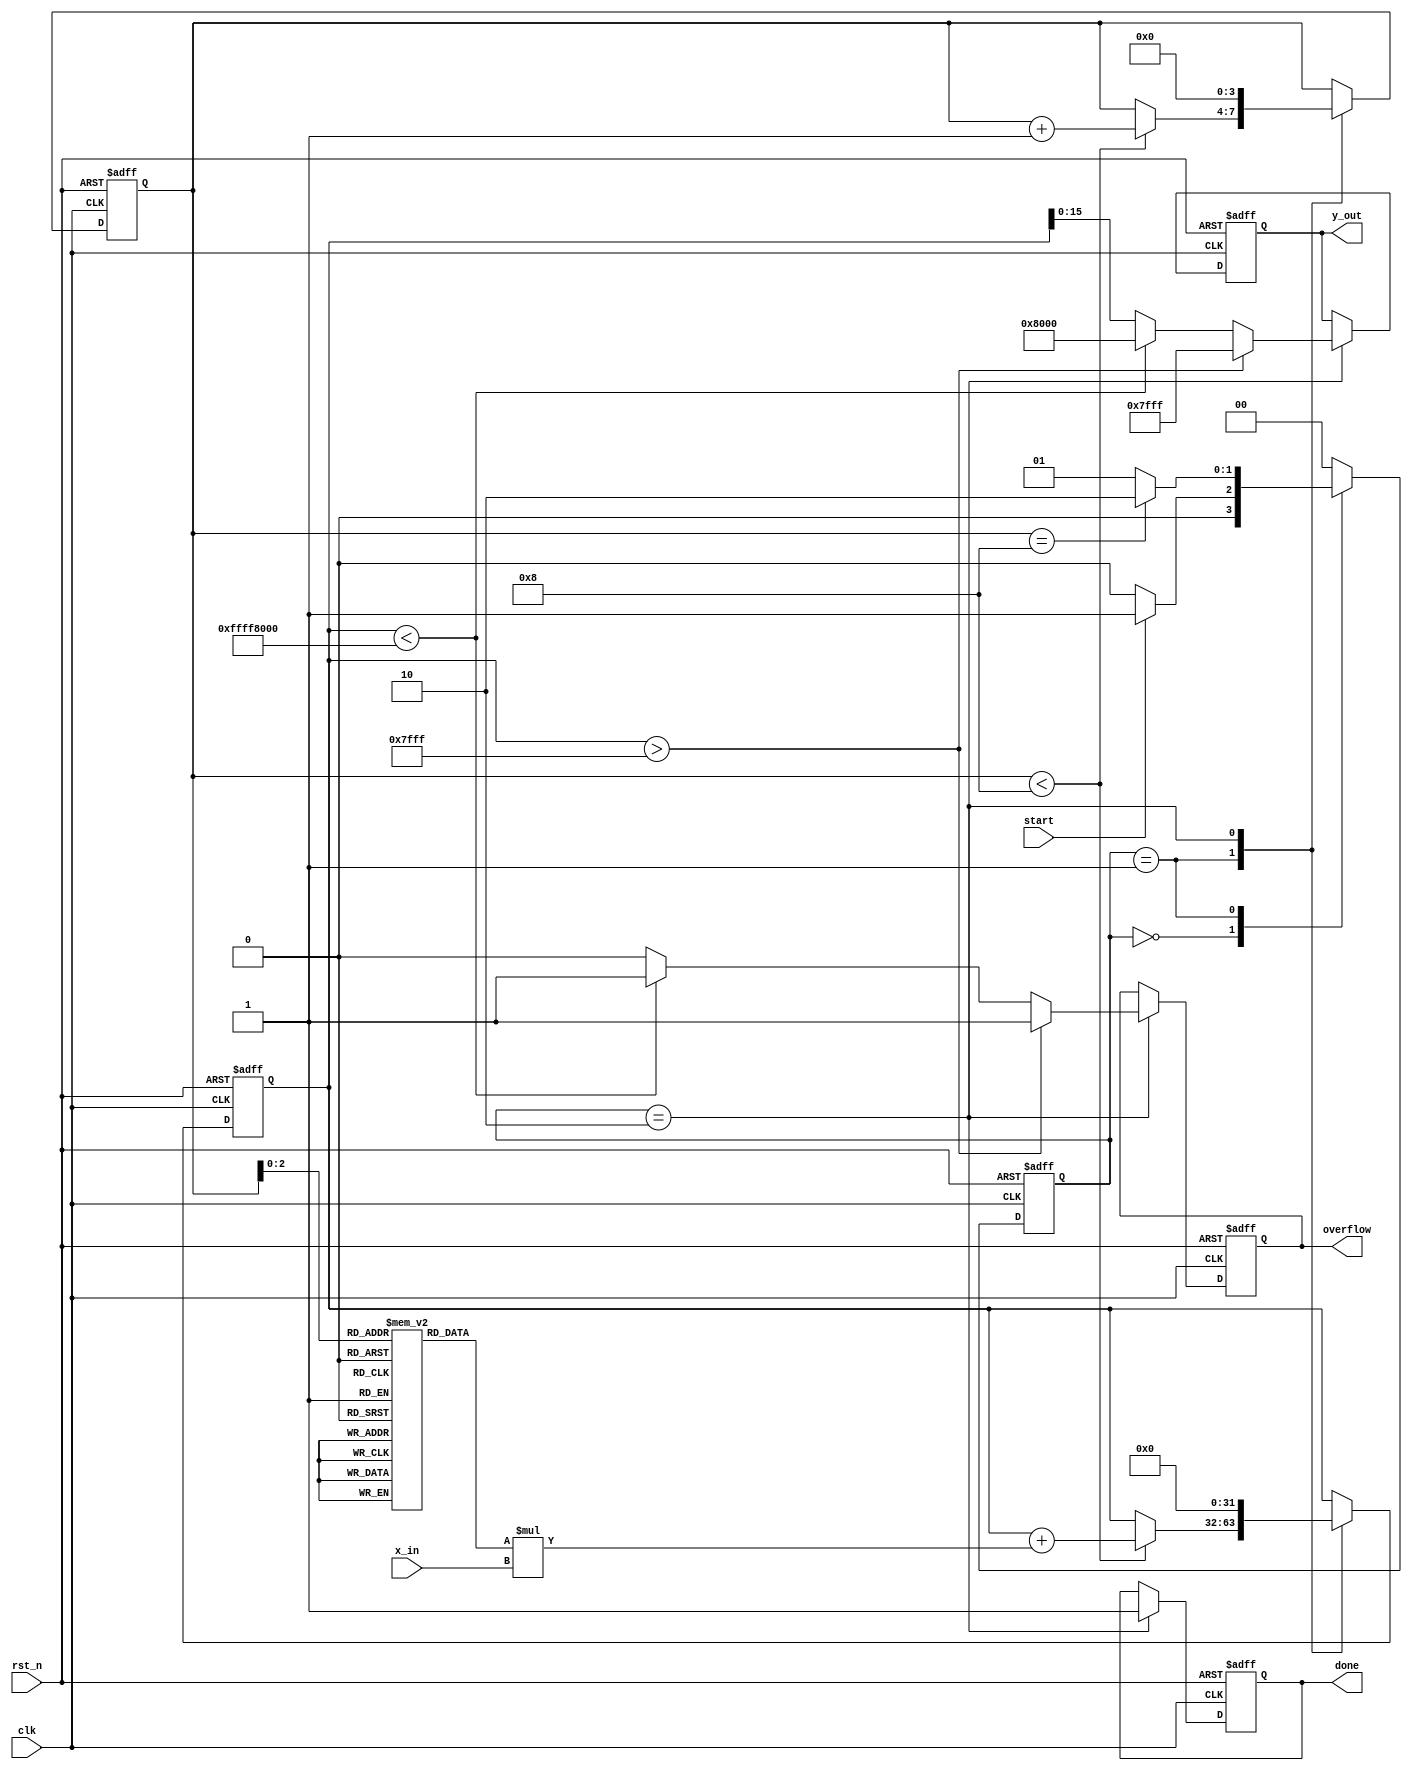
module cordic_poly_eval (
    input wire clk,
    input wire rst_n,
    input wire start,
    input wire signed [15:0] x_in, // Fixed-point input
    output reg signed [15:0] y_out, // Fixed-point output
    output reg done,
    output reg overflow
);

    // Parameters
    parameter NUM_ITERATIONS = 8; // Number of CORDIC iterations
    parameter COEF_WIDTH = 16;     // Width of coefficient data type

    // Coefficients for a specific polynomial (example coefficients for x^2 + x + 1)
    reg signed [COEF_WIDTH-1:0] coeff [0:NUM_ITERATIONS-1];
    initial begin
        coeff[0] = 16'h0001; // Coefficient for x^2 (1)
        coeff[1] = 16'h0001; // Coefficient for x^1 (1)
        coeff[2] = 16'h0000; // Coefficient for x^0 (0)
        coeff[3] = 16'h0000; // Unused coefficients
        coeff[4] = 16'h0000;
        coeff[5] = 16'h0000;
        coeff[6] = 16'h0000;
        coeff[7] = 16'h0000;
    end

    // State Definitions
    localparam IDLE = 2'b00, 
               COMPUTE = 2'b01, 
               DONE = 2'b10;

    reg [1:0] state, next_state;
    reg signed [31:0] accumulator; // Accumulator to hold larger results
    reg [3:0] iteration_count; // Count for iterations

    // State Transition
    always @(posedge clk or negedge rst_n) begin
        if (!rst_n)
            state <= IDLE;
        else
            state <= next_state;
    end

    // Next State Logic
    always @(*) begin
        case (state)
            IDLE: begin
                if (start) 
                    next_state = COMPUTE;
                else 
                    next_state = IDLE;
            end
            
            COMPUTE: begin
                if (iteration_count == NUM_ITERATIONS)
                    next_state = DONE;
                else 
                    next_state = COMPUTE;
            end
            
            DONE: begin
                next_state = IDLE;
            end
            
            default: next_state = IDLE;
        endcase
    end

    // CORDIC Processing Logic
    always @(posedge clk or negedge rst_n) begin
        if (!rst_n) begin
            y_out <= 16'b0;
            accumulator <= 32'b0;
            iteration_count <= 4'b0;
            done <= 1'b0;
            overflow <= 1'b0;
        end else begin
            case (state)
                COMPUTE: begin
                    if (iteration_count < NUM_ITERATIONS) begin
                        // Polynomial evaluation using coefficients
                        accumulator <= accumulator + (coeff[iteration_count] * x_in);

                        // Increment iteration count
                        iteration_count <= iteration_count + 1;
                    end
                end
                
                DONE: begin
                    // Check for overflow
                    if (accumulator > 16'h7FFF) begin
                        overflow <= 1'b1;
                        y_out <= 16'h7FFF; // Saturate to maximum
                    end else if (accumulator < -16'h8000) begin
                        overflow <= 1'b1;
                        y_out <= 16'h8000; // Saturate to minimum
                    end else begin
                        overflow <= 1'b0;
                        y_out <= accumulator[15:0];
                    end
                    
                    done <= 1'b1;
                    iteration_count <= 4'b0; // Reset for next computation
                    accumulator <= 32'b0; // Clear the accumulator
                end

                default: begin
                    // Default case handling
                end
            endcase
        end
    end

endmodule